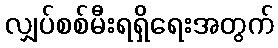
လျှပ်စစ်မီးရရှိရေးအတွက်